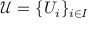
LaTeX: { \mathcal { U } } = \{ U _ { i } \} _ { i \in I }